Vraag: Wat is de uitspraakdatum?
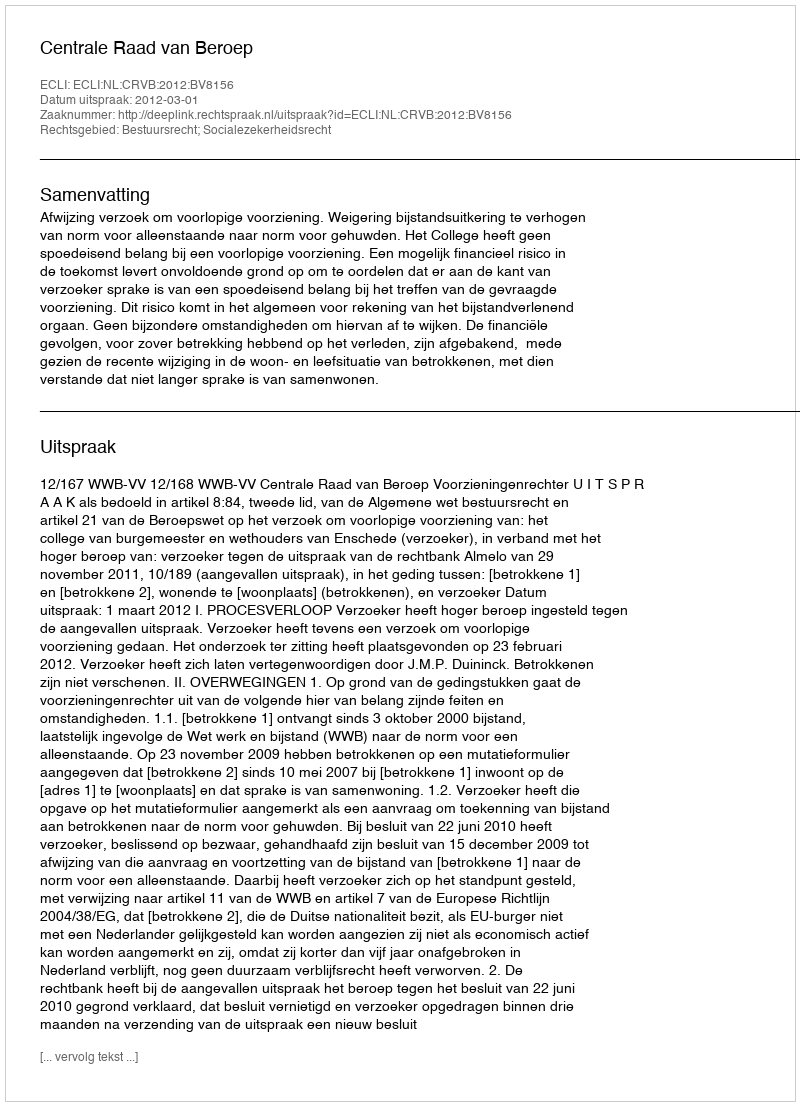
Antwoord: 2012-03-01